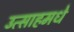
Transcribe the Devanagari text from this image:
उत्साहमधे